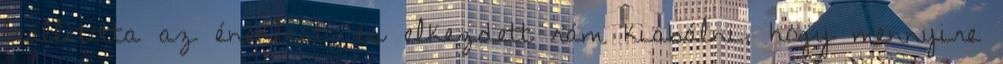
leállította az éneklést, és elkezdett rám kiabálni, hogy mennyire